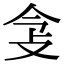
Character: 𢻶